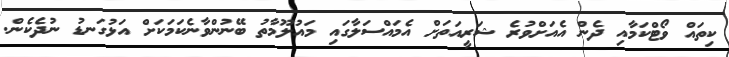
ކިތައް ވޯޓްކަމާއި ދެން އެއަށްވުރެ ޝަރީއަތަށް އެމައްސަލާގައި މައުލޫމާތު ބޭނުންވާނެކަމަކަށް އަޅުގަނޑު ނުދެކެން.